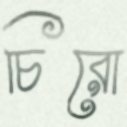
চিরো